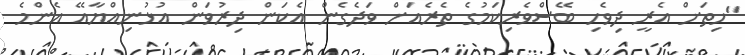
"ހިތަށް އެރީ ދިވެހި ބޭސްވެރިކަމުގެ ތެރެއަށް ވަދެގެން އެކަން ދިރުވަން އުޅުނިއްޔާއޭ އެންމެ